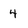
Character: 4